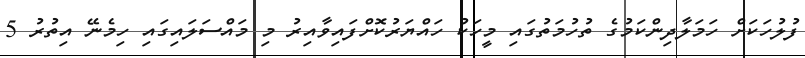
ފުލުހަކަށް ހަމަލާދިންކަމުގެ ތުހުމަތުގައި މީހަކު ހައްޔަރުކޮށްފައިވާއިރު މި މައްސަލައިގައި ހިމެނޭ އިތުރު 5